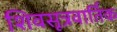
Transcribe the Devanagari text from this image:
शिवसूत्रवार्तिक